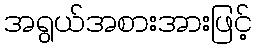
အရွယ်အစားအားဖြင့်